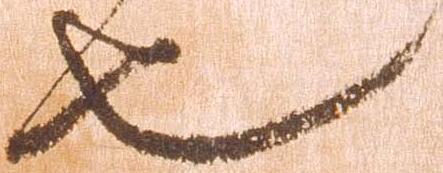
也